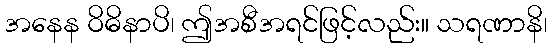
အနေန ဝိဓိနာပိ၊ ဤအစီအရင်ဖြင့်လည်း။ သရဏာနိ၊